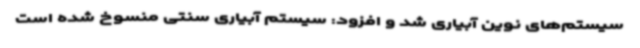
سیستم‌های نوین آبیاری شد و افزود: سیستم آبیاری سنتی منسوخ شده است